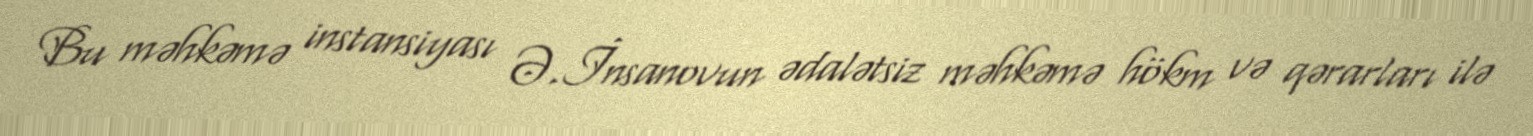
Bu məhkəmə instansiyası Ə.İnsanovun ədalətsiz məhkəmə hökm və qərarları ilə